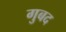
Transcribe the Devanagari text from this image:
गुबद